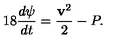
1 8 { \frac { d \psi } { d t } } = { \frac { { \bf v } ^ { 2 } } { 2 } } - P .